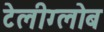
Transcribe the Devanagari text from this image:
टेलीग्लोब